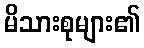
မိသားစုများ၏